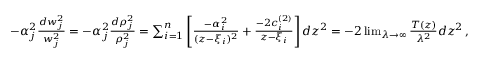
\begin{array} { r } { - \alpha _ { j } ^ { 2 } { \frac { d w _ { j } ^ { 2 } } { w _ { j } ^ { 2 } } } = - \alpha _ { j } ^ { 2 } { \frac { d \rho _ { j } ^ { 2 } } { \rho _ { j } ^ { 2 } } } = \sum _ { i = 1 } ^ { n } \left[ { \frac { - \alpha _ { i } ^ { 2 } } { ( z - \xi _ { i } ) ^ { 2 } } } + { \frac { - 2 c _ { i } ^ { ( 2 ) } } { z - \xi _ { i } } } \right] d z ^ { 2 } = - 2 \operatorname* { l i m } _ { \lambda \to \infty } { \frac { T ( z ) } { \lambda ^ { 2 } } } d z ^ { 2 } \, , } \end{array}